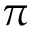
\pi